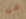
من